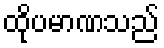
ထိုပမာဏသည်